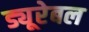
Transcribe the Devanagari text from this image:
ड्यूरेबल